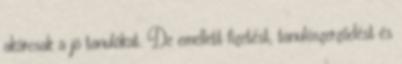
akárcsak a jó tanulókat. De emellett fizetést, tanulószerződést és